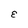
Character: E